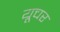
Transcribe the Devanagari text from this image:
यूचर